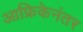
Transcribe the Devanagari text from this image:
आफ्रिकेनंतर